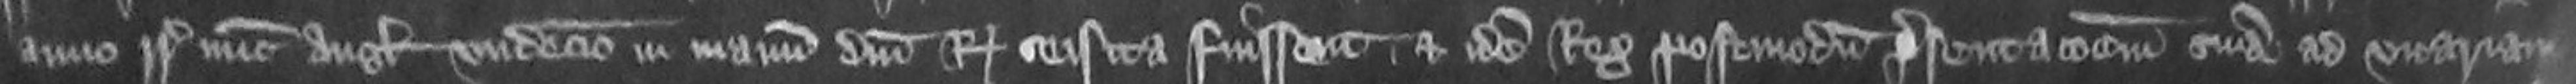
anno regni regis nunc Anglie undecimo in manum domini Regis seisita fuissent et idem Rex postmodum presentationem suam ad vicariam